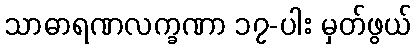
သာဓာရဏလက္ခဏာ ၁၇-ပါး မှတ်ဖွယ်